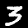
Label: 3